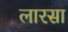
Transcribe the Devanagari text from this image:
लारसा